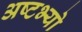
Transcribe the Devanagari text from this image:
अष्टभ्यो